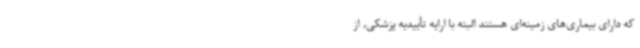
که دارای بیماری‌های زمینه‌ای هستند البته با ارایه تأییدیه پزشکی، از